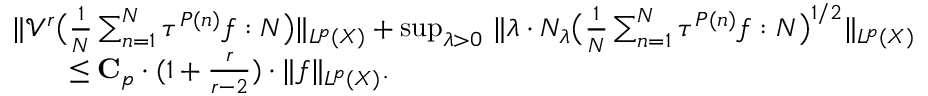
\begin{array} { r l } & { \| \mathcal { V } ^ { r } \big ( \frac { 1 } { N } \sum _ { n = 1 } ^ { N } \tau ^ { P ( n ) } f : N \big ) \| _ { L ^ { p } ( X ) } + \operatorname* { s u p } _ { \lambda > 0 } \, \| \lambda \cdot N _ { \lambda } \big ( \frac { 1 } { N } \sum _ { n = 1 } ^ { N } \tau ^ { P ( n ) } f : N \big ) ^ { 1 / 2 } \| _ { L ^ { p } ( X ) } } \\ & { \qquad \leq \mathbf { C } _ { p } \cdot ( 1 + \frac { r } { r - 2 } ) \cdot \| f \| _ { L ^ { p } ( X ) } . } \end{array}